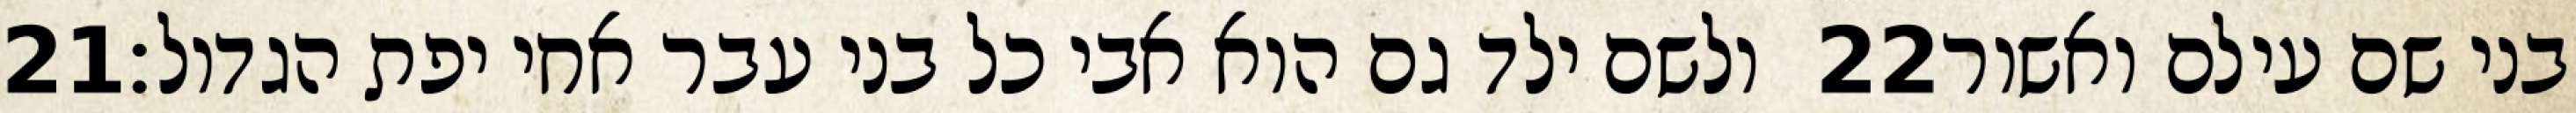
‎21‏ ולשם ילד גם הוא אבי כל בני עבר אחי יפת הגדול׃ ‎22‏ בני שם עילם ואשור